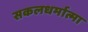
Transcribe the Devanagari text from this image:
सकलधर्मात्मा